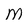
Character: M